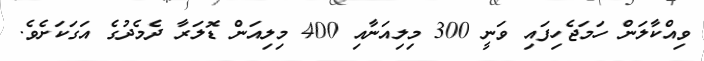
ވިއްކާލަން ހަމަޖެހިފައި ވަނީ 300 މިލިއަނާއި 400 މިލިއަން ޑޮލަރާ ދެމެދުގެ އަގަކަށެވެ.